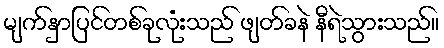
မျက်နှာပြင်တစ်ခုလုံးသည် ဖျတ်ခနဲ နီရဲသွားသည်။